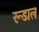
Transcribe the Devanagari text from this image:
रन्डाल